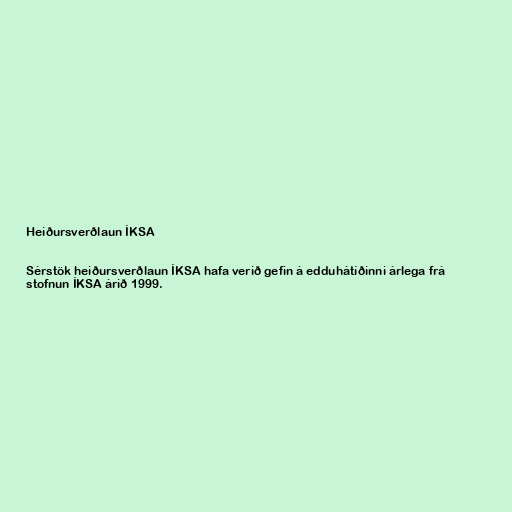
Heiðursverðlaun ÍKSA

Sérstök heiðursverðlaun ÍKSA hafa verið gefin á edduhátíðinni árlega frá
stofnun ÍKSA árið 1999.